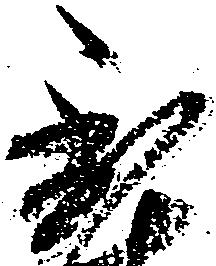
到